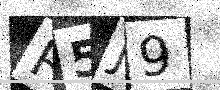
Text: R5J9